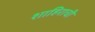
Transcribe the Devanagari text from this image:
शाहिराची